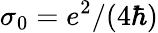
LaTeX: \sigma_{0}=e^{2}/(4\hbar)